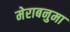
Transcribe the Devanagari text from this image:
मेराबनुमा